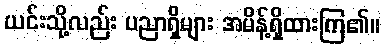
ယင်းသို့လည်း ပညာရှိများ အမိန့်ရှိထားကြ၏။